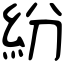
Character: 紛